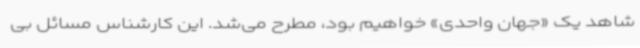
شاهد یک «جهان واحدی» خواهیم بود، مطرح می‌شد. این کارشناس مسائل بی